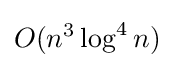
O(n^{3}\log ^{4}n)